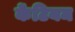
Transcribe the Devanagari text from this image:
केंटियम